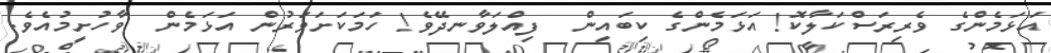
އަޅަމެންގެ ވެރިރަސްކަލާކޮ! އަޅަމެންގެ ކިބައިން  ފިއްލަވާނދޭވެ! ހަމަކަށަވަރުން އަޅަމެން  ވާހުށީމުއެވެ.